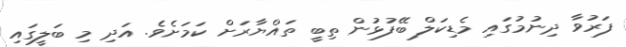
ފަރުވާ ދިނުމުގައި މެޑިކަލް ބޭފުޅުން ތިބީ ތައްޔާރަށް ކަމަށެވެ. އަދި މި ބަލީގައި